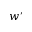
w ^ { \prime }